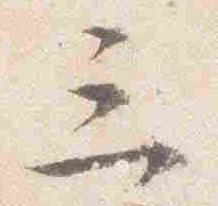
三